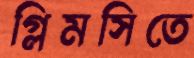
গ্লিমসিতে